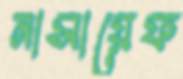
নাসায়েফ